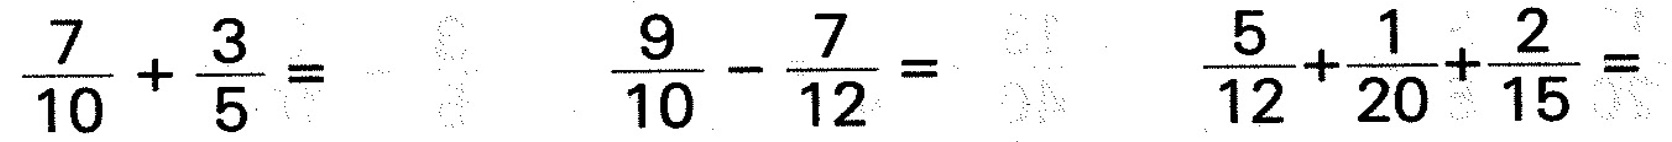
$$\frac { 7 } { 1 0 } + \frac { 3 } { 5 } =$$ $$\frac { 9 } { 1 0 } - \frac { 7 } { 1 2 } =$$ $$\frac { 5 } { 1 2 } + \frac { 1 } { 2 0 } + \frac { 2 } { 1 5 } =$$